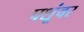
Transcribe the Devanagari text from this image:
पशूंवर